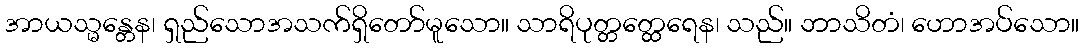
အာယသ္မန္တေန၊ ရှည်သောအသက်ရှိတော်မူသော။ သာရိပုတ္တတ္ထေရေန၊ သည်။ ဘာသိတံ၊ ဟောအပ်သော။